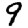
Digit: 9